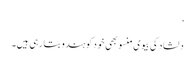
‘
دلشاد کی بیوی منسو بھی خود کو ہندو بتا رہی ہیں۔